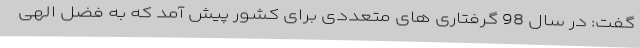
گفت: در سال 98 گرفتاری های متعددی برای کشور پیش آمد که به فضل الهی